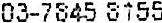
03-7845 8155